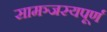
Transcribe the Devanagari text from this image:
सामञ्जस्यपूर्ण